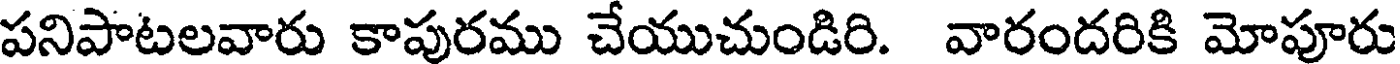
పనిపాటలవారు కాపురము చేయుచుండిరి. వారందరికి మోపూరు